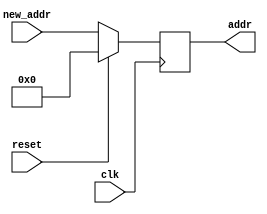
module Pc (
	input [7:0] new_addr,
	input reset,
	input clk,
	output reg [7:0] addr
	);
	
	always @(posedge clk)
	begin
		if(reset == 1) addr = 0;
		else addr = new_addr;
	end
	
endmodule